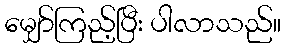
မျှော်ကြည့်ပြီး ပါလာသည်။